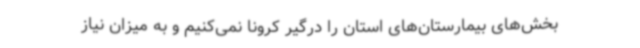
بخش‌های بیمارستان‌های استان را درگیر کرونا نمی‌کنیم و به میزان نیاز